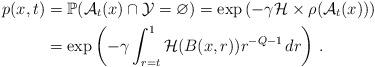
LaTeX: \begin{align*}p(x,t)&=\mathbb{P}(\mathcal{A}_t(x)\cap\mathcal{Y}=\varnothing)=\exp\left(-\gamma\mathcal{H}\times\rho(\mathcal{A}_t(x))\right)\\&=\exp\left(-\gamma\int_{r=t}^{1}\mathcal{H}(B(x,r))r^{-Q-1}\,dr\right)\,.\end{align*}